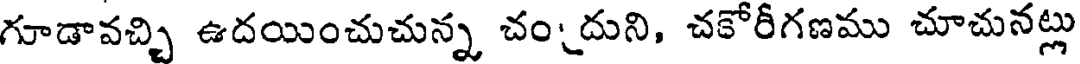
గూడావచ్చి ఉదయించుచున్న చందుని, చకోరీగణము చూచునట్లు